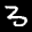
Label: 3